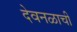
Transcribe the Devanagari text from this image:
देवनळाची